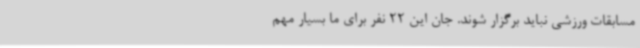
مسابقات ورزشی نباید برگزار شوند. جان این 22 نفر برای ما بسیار مهم